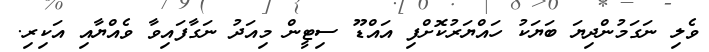
ވެލި ނަގަމުންދިޔަ ބަޔަކު ހައްޔަރުކޮށްފި އައްޑޫ ސިޓީން މިއަދު ނަގާފައިވާ ވެއްޔާއި އަކިރި.